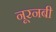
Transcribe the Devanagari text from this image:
नूरनबी